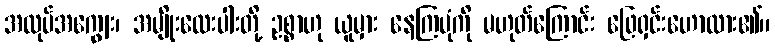
အလုပ်အကျွေး၊ အမျိုးလေးပါးတို့ ဥစ္စာဟု ယူမှား နေကြပုံကို မဟုတ်ကြောင်း ဖြေရှင်းဟောထား၏။